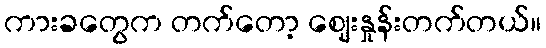
ကားခတွေက တက်တော့ ဈေးနှုန်းတက်တယ်။